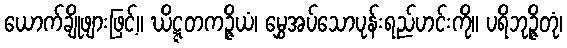
ယောက်ချိုဖျားဖြင့်။ ဃိဋ္ဋတကဉ္ဇိယံ၊ မွှေအပ်သောပုန်းရည်ဟင်းကို။ ပရိဘုဉ္ဇိတုံ၊